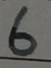
6